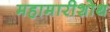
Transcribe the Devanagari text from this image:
महामारीशोथ